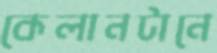
কেলানটানে